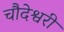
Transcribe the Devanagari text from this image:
चौदेश्वरी